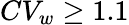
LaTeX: CV_{w}\ge 1.1